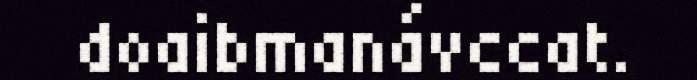
doaibmanávccat.